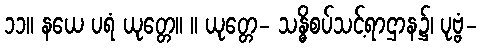
၁၁။ နယေ ပရံ ယုတ္တေ။ ။ ယုတ္တေ- သန္ဓိစပ်သင့်ရာဌာန၌၊ ပုဗ္ဗံ-